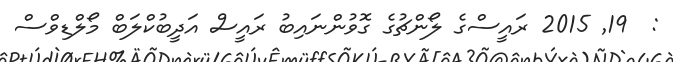
:  19